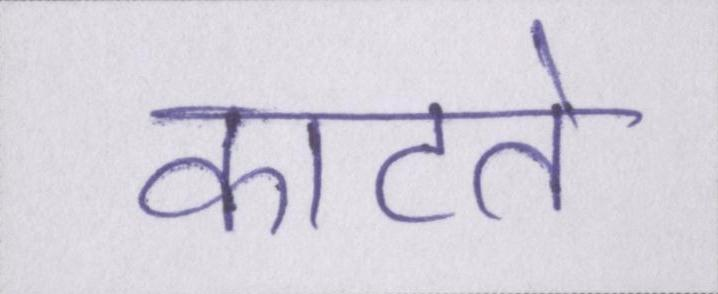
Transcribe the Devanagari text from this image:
काटते